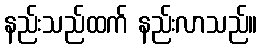
နည်းသည်ထက် နည်းလာသည်။